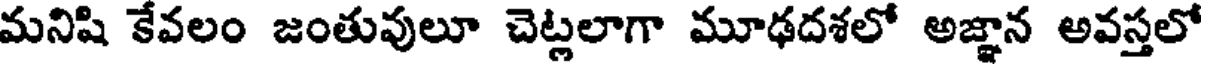
మనిషి కేవలం జంతువులూ చెట్లలాగా మూఢదశలో అజ్ఞాన అవస్తలో